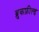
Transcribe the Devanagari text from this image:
ब्रुकफ़ील्ड